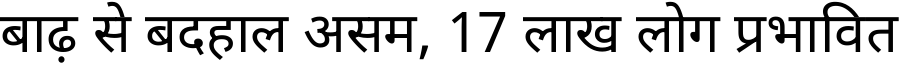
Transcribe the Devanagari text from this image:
बाढ़ से बदहाल असम, 17 लाख लोग प्रभावित